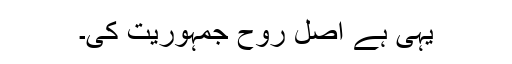
یہی ہے اصل روح جمہوریت کی۔